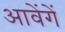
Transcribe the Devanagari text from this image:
आवेंगें